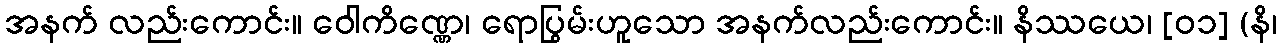
အနက် လည်းကောင်း။ ဝေါကိဏ္ဏေ၊ ရောပြွမ်းဟူသော အနက်လည်းကောင်း။ နိဿယေ၊ [၀၁] (နိ၊